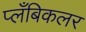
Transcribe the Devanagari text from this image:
प्लँबिकलर